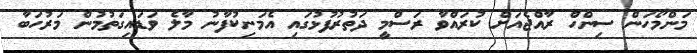
މަންމޯހަން ސިންހް ރާއްޖެއަށް ކުރައްވާ ރަސްމީ ދަތުރުފުޅުގައި އެމަނިކުފާނު މާލެ ވަޑައިގަތުމުން މަރުހަބާ